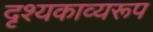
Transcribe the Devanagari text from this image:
दृश्यकाव्यरूप